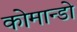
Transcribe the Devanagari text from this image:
कोमान्डो